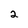
Character: 2